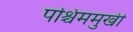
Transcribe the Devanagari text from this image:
पश्चिममुखी